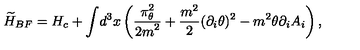
{ \widetilde H _ { B F } } = H _ { c } + { \displaystyle \int } d ^ { 3 } x \left( \frac { \displaystyle \pi _ { \theta } ^ { 2 } } { \displaystyle 2 m ^ { 2 } } + \frac { m ^ { 2 } } { 2 } ( \partial _ { i } \theta ) ^ { 2 } - m ^ { 2 } \theta \partial _ { i } A _ { i } \right) ,